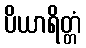
ပိယာရိတ္တံ